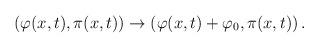
LaTeX: \begin{align*}\left(\varphi(x,t),\pi(x,t)\right) \to \left(\varphi(x,t)+\varphi_0,\pi(x,t) \right).\end{align*}